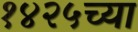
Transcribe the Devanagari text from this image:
१४२५च्या